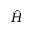
\hat { H }